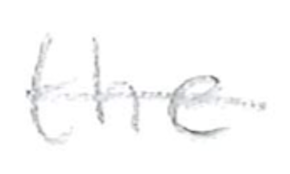
Text: the
Cross-out: single-line
Writing tool: pencil